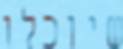
שיוכלו